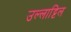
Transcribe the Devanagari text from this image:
उल्लाट्टिल